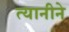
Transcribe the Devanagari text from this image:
त्यानीने